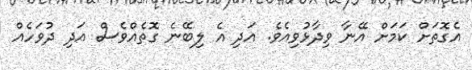
އެގޮތަށް ކަމަށް އޭނާ ވިދާޅުވިއެެވެ. އަދި އެ ލިބޭނެ ގޮތެއްވެސް އަދި ދުވަހެއް